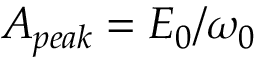
A _ { p e a k } = E _ { 0 } / \omega _ { 0 }